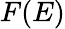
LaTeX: F(E)